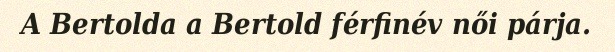
A Bertolda a Bertold férfinév női párja.